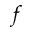
f